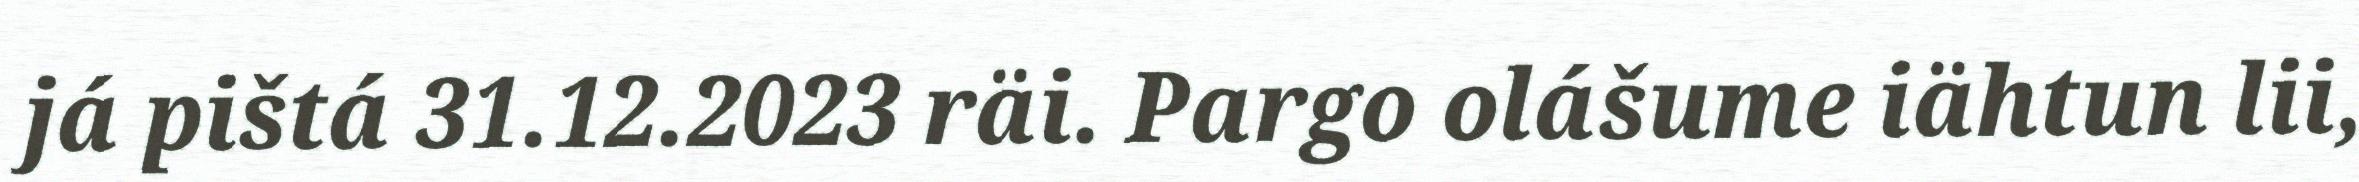
já pištá 31.12.2023 räi. Pargo olášume iähtun lii,